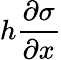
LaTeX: h\frac{\partial\sigma}{\partial x}